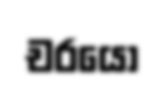
චරයෝ